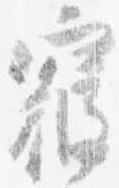
寝